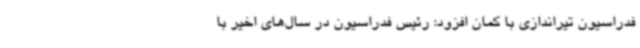
فدراسیون تیراندازی با کمان افزود: رئیس فدراسیون در سال‌های اخیر با